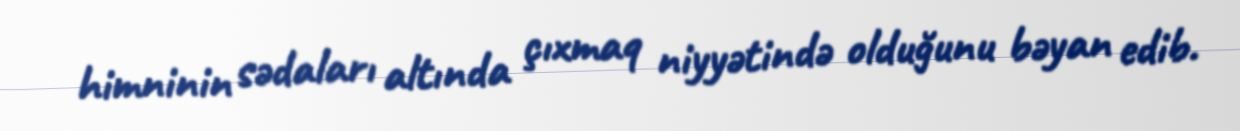
himninin sədaları altında çıxmaq niyyətində olduğunu bəyan edib.